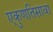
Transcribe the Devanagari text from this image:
एकुणतिसावा